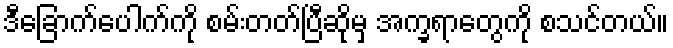
ဒီခြောက်ပေါက်ကို စမ်းတတ်ပြီဆိုမှ အက္ခရာတွေကို စသင်တယ်။